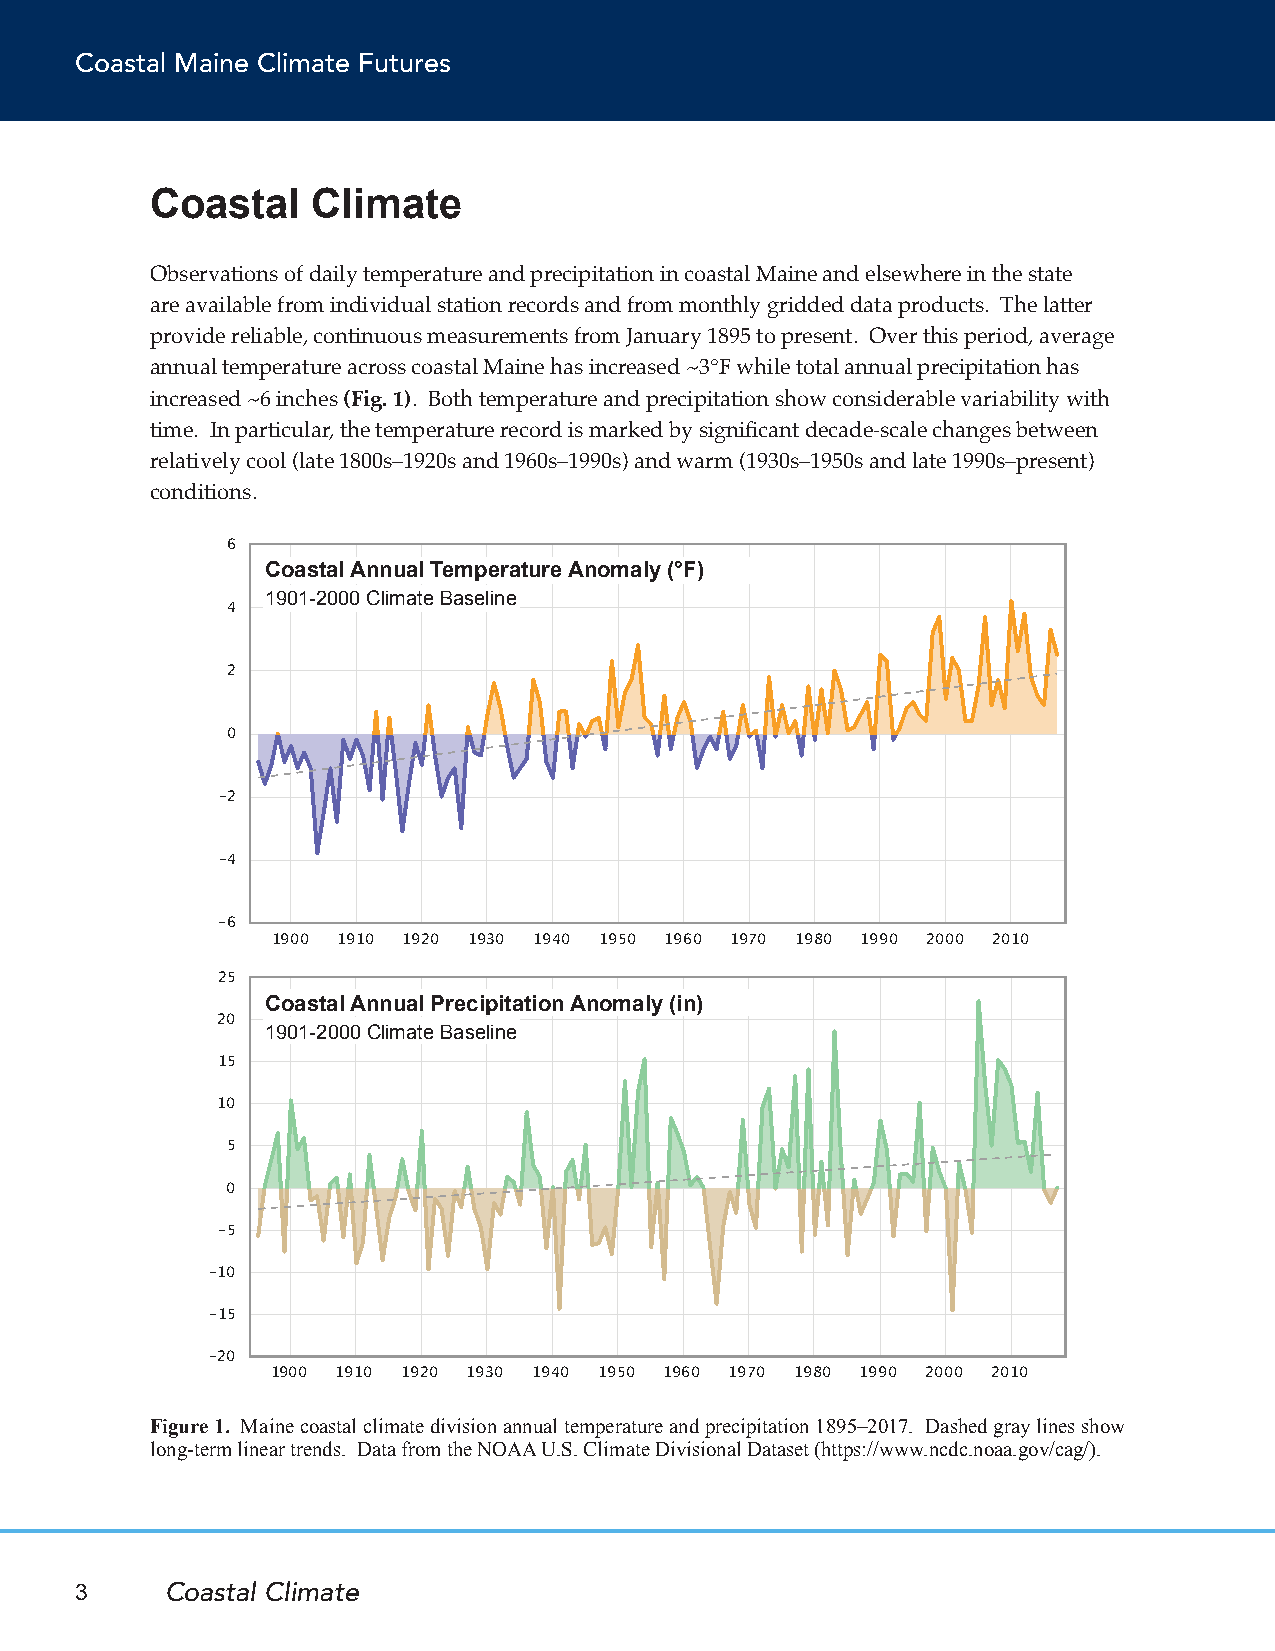
Coastal Maine Climate Futures
 Coastal    Climate
 Observations of daily temperature and precipitation in coastal Maine and elsewhere in the state
 are available from individual station records and from monthly gridded data products. The latter
 provide reliable, continuous measurements from January 1895 to present. Over this period, average
 annual temperature across coastal Maine has increased ~3°F while total annual precipitation has
 increased ~6 inches (Fig. 1). Both temperature and precipitation show considerable variability with
 time. In particular, the temperature record is marked by significant decade-scale changes between
 relatively cool (late 1800s–1920s and 1960s–1990s) and warm (1930s–1950s and late 1990s–present)
 conditions.
 6
 Coastal Annual Temperature Anomaly (°F)
 1901-2000 Climate Baseline
 4
 2
 0
 -2
 -4
 -6
 1900 1910 1920 1930 1940 1950 1960 1970 1980 1990 2000 2010
 25
 Coastal Annual Precipitation Anomaly (in)
 20  1901-2000 Climate Baseline
 15
 10
 5
 0
 -5
 -10
 -15
 -20
 1900 1910 1920 1930 1940 1950 1960 1970 1980 1990 2000 2010
 Figure 1. Maine coastal climate division annual temperature and precipitation 1895–2017. Dashed gray lines show
 long-term linear trends. Data from the NOAA U.S. Climate Divisional Dataset (https://www.ncdc.noaa.gov/cag/).
 3     Coastal Climate